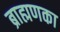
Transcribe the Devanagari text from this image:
ब्राह्मणका